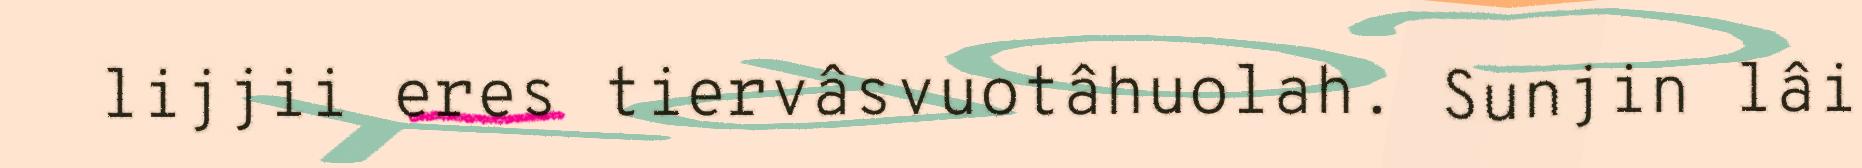
lijjii eres tiervâsvuotâhuolah. Sunjin lâi